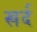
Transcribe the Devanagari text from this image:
खर्द